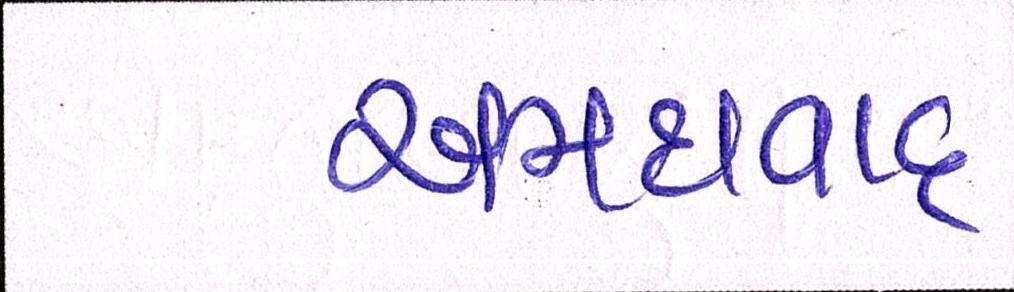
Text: અમદાવાદઃ